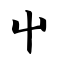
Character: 屮